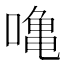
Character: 𠼓